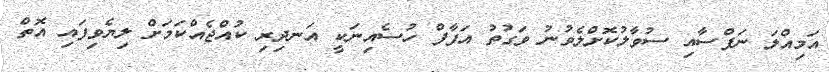
އަމިއްލަ ނަފްސާއި ސުވާލުކޮށްލެވުނު ވަގުތު އަފާފް ހުސެއިނަކީ އަނދިރި ކުއްޖެއްކަމަށް ލިޔެވިފައި އޮތް